Annual administration report of the Civil Veterinary Department of India - 1896-1897
Year: 1896
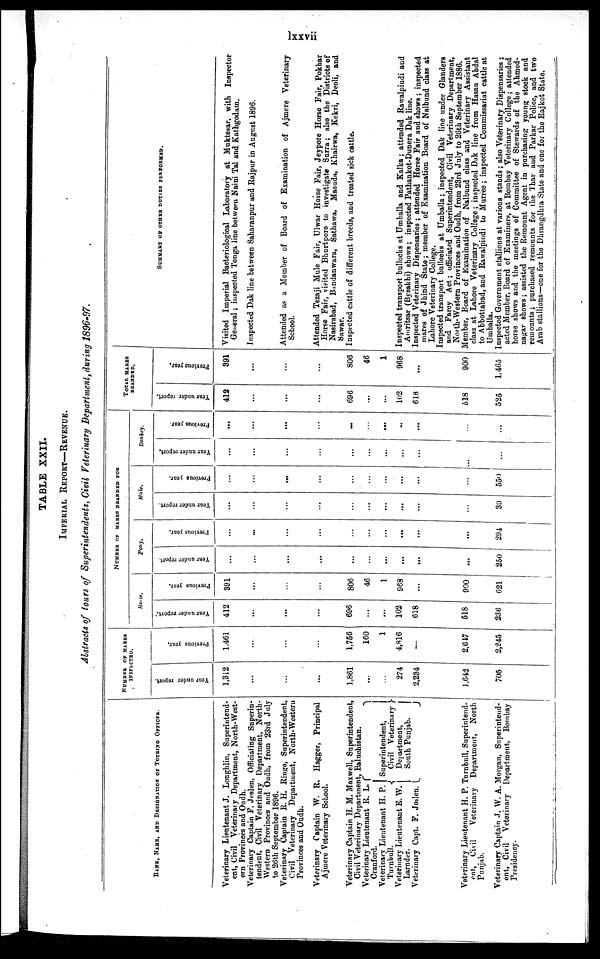
lxxvii
TABLE XXII.
IMPERIAL REPORT—REVENUE.
Abstracts of tours of Superintendents, Civil Veterinary Department, during 1896-97.
RANK, NAME, AND DESIGNATION OF
TOURING OFFICER.
Veterinary Lieutenant J. Loughlin, Superintend-
ent, Civil Veterinary Department, North-West-
ern Provinces and Oudh.
Veterinary Captain P. Joslen, Officiating Superin-
tendent, Civil Veterinary Department, North-
Western Provinces and Oudh, from 23rd July
to 26th September 1896.
Veterinary Captain R. H. Ringe, Superintendent,
Civil Veterinary Department, North-Western
Provinces and Oudh.
Veterinary Captain W. R.Hagger, Principal
Ajmere Veterinary School.
Veterinary Captain H. M. Maxwell, Superintendent,
Civil Veterinary Department, Baluchistan.
Veterinary Lieutenant R. L.
Cranford.
Veterinary Lieutenant H. P.
Turnbull.
Veterinary Lieutenant E. W.
Larnder.
Veterinary Capt. F. Joslen.
Superintendent,
Civil Veterinary
Department,
South Punjab.
Veterinary Lieutenant H. P. Turnbull, Superintend-
ent, Civil Veterinary Department, North
Punjab.
Veterinary Captain J. W. A. Morgan, Superintend-
ent, Civil Veterinary Department, Bombay
Presidency.
NUMBER
OF MARES
INSPECTED.
Year under report.
1,312
...
...
...
1,861
...
...
274
2,234
1,642
705
Previous year,
1,461
...
...
...
1,756
160
1
4,816
2,617
2,245
NUMBER
OF MARES BRANDED FOR
Horse.
Year under report.
412
...
...
...
696
...
...
102
618
518
236
Previous year.
391
...
...
...
806
46
1
968
900
621
Pony.
Year under report
...
...
...
...
...
...
...
...
...
...
250
Previous year.
...
...
...
...
...
...
...
...
...
...
294
Mule.
Year under report.
...
...
...
...
...
...
...
...
...
...
39
Previous year.
...
...
...
...
...
...
...
...
...
550
Donkey.
Year under report,
...
...
...
...
...
...
...
...
...
...
...
Previous year.
...
...
...
...
...
...
...
...
...
...
...
TOTAL MARES
BRANDED.
Year under report.
412
...
...
...
696
...
...
102
618
618
525
Previous year,
391
...
...
...
806
46
1
968
...
...
900
1,465
SUMMARY OF OTHER DUTIES PERFORMED.
Visited Imperial Bacteriological Laboratory at Muktesar, with Inspector
General; inspected Tonga line between Naini Tal and Kathgodam.
Inspected Dak line between Saharanpur and Rajpur in August 1896.
Attended as a Member of Board of Examination of Ajmere Veterinary
School.
Attended Tezaji Mule Fair, Ulwar Horse Fair, Jeypore Horse Fair, Pokhar
Horse Fair, visited Bhurtpore to investigate Surra; also the Districts of
Nasirabad, Bandanwara, Sathawa, Masuda, Khairwa, Kekri, Deoli, and
Sawar.
Inspected cuttle of different breeds, and treated sick cattle.
Inspected transport bullocks at Umballa and Kalka; attended Rawalpindi and
Amritsar (Bysakhi) shows; inspected Pathankot-Dunera Dak line.
Inspected Veterinary Dispensaries; attended Horse Fair and shows; inspected
mares of Jhind State; member of Examination Board of Nalbund class at
Lahore Veterinary College.
Inspected transport bullocks at Umballa; inspected Dak line under Glanders
and Farcy Act; officiated Superintendent, Civil Veterinary Department,
North-Western Provinces and Oudh, from 23rd July to 26th September 1886.
Member, Board of Examination of Nalbund ola6s and Veterinary Assistant
class at Lahore Veterinary College; inspected Dak line from Hasan Abdal
to Abbottabad, and Rawalpindi to Murree; inspected Commissariat cattle at
Umballa.
Inspected Government stallions at various stands; also Veterinary Dispensaries;
acted Member, Board of Examiners, at Bombay Veterinary College; attended
horse shows and the meetings of Committee of Stewards of the Ahmed-
nagav shows; assisted the Remount Agent in purchasing young stock and
remounts; purchased remounts for the Thar and Parkar Police, and two
Arab stallions—one for the Dhrangdhra State and one for the Rajkot State.